Triigi_(Aleksandri)_vallavalitsus_Harjumaal, lk 27
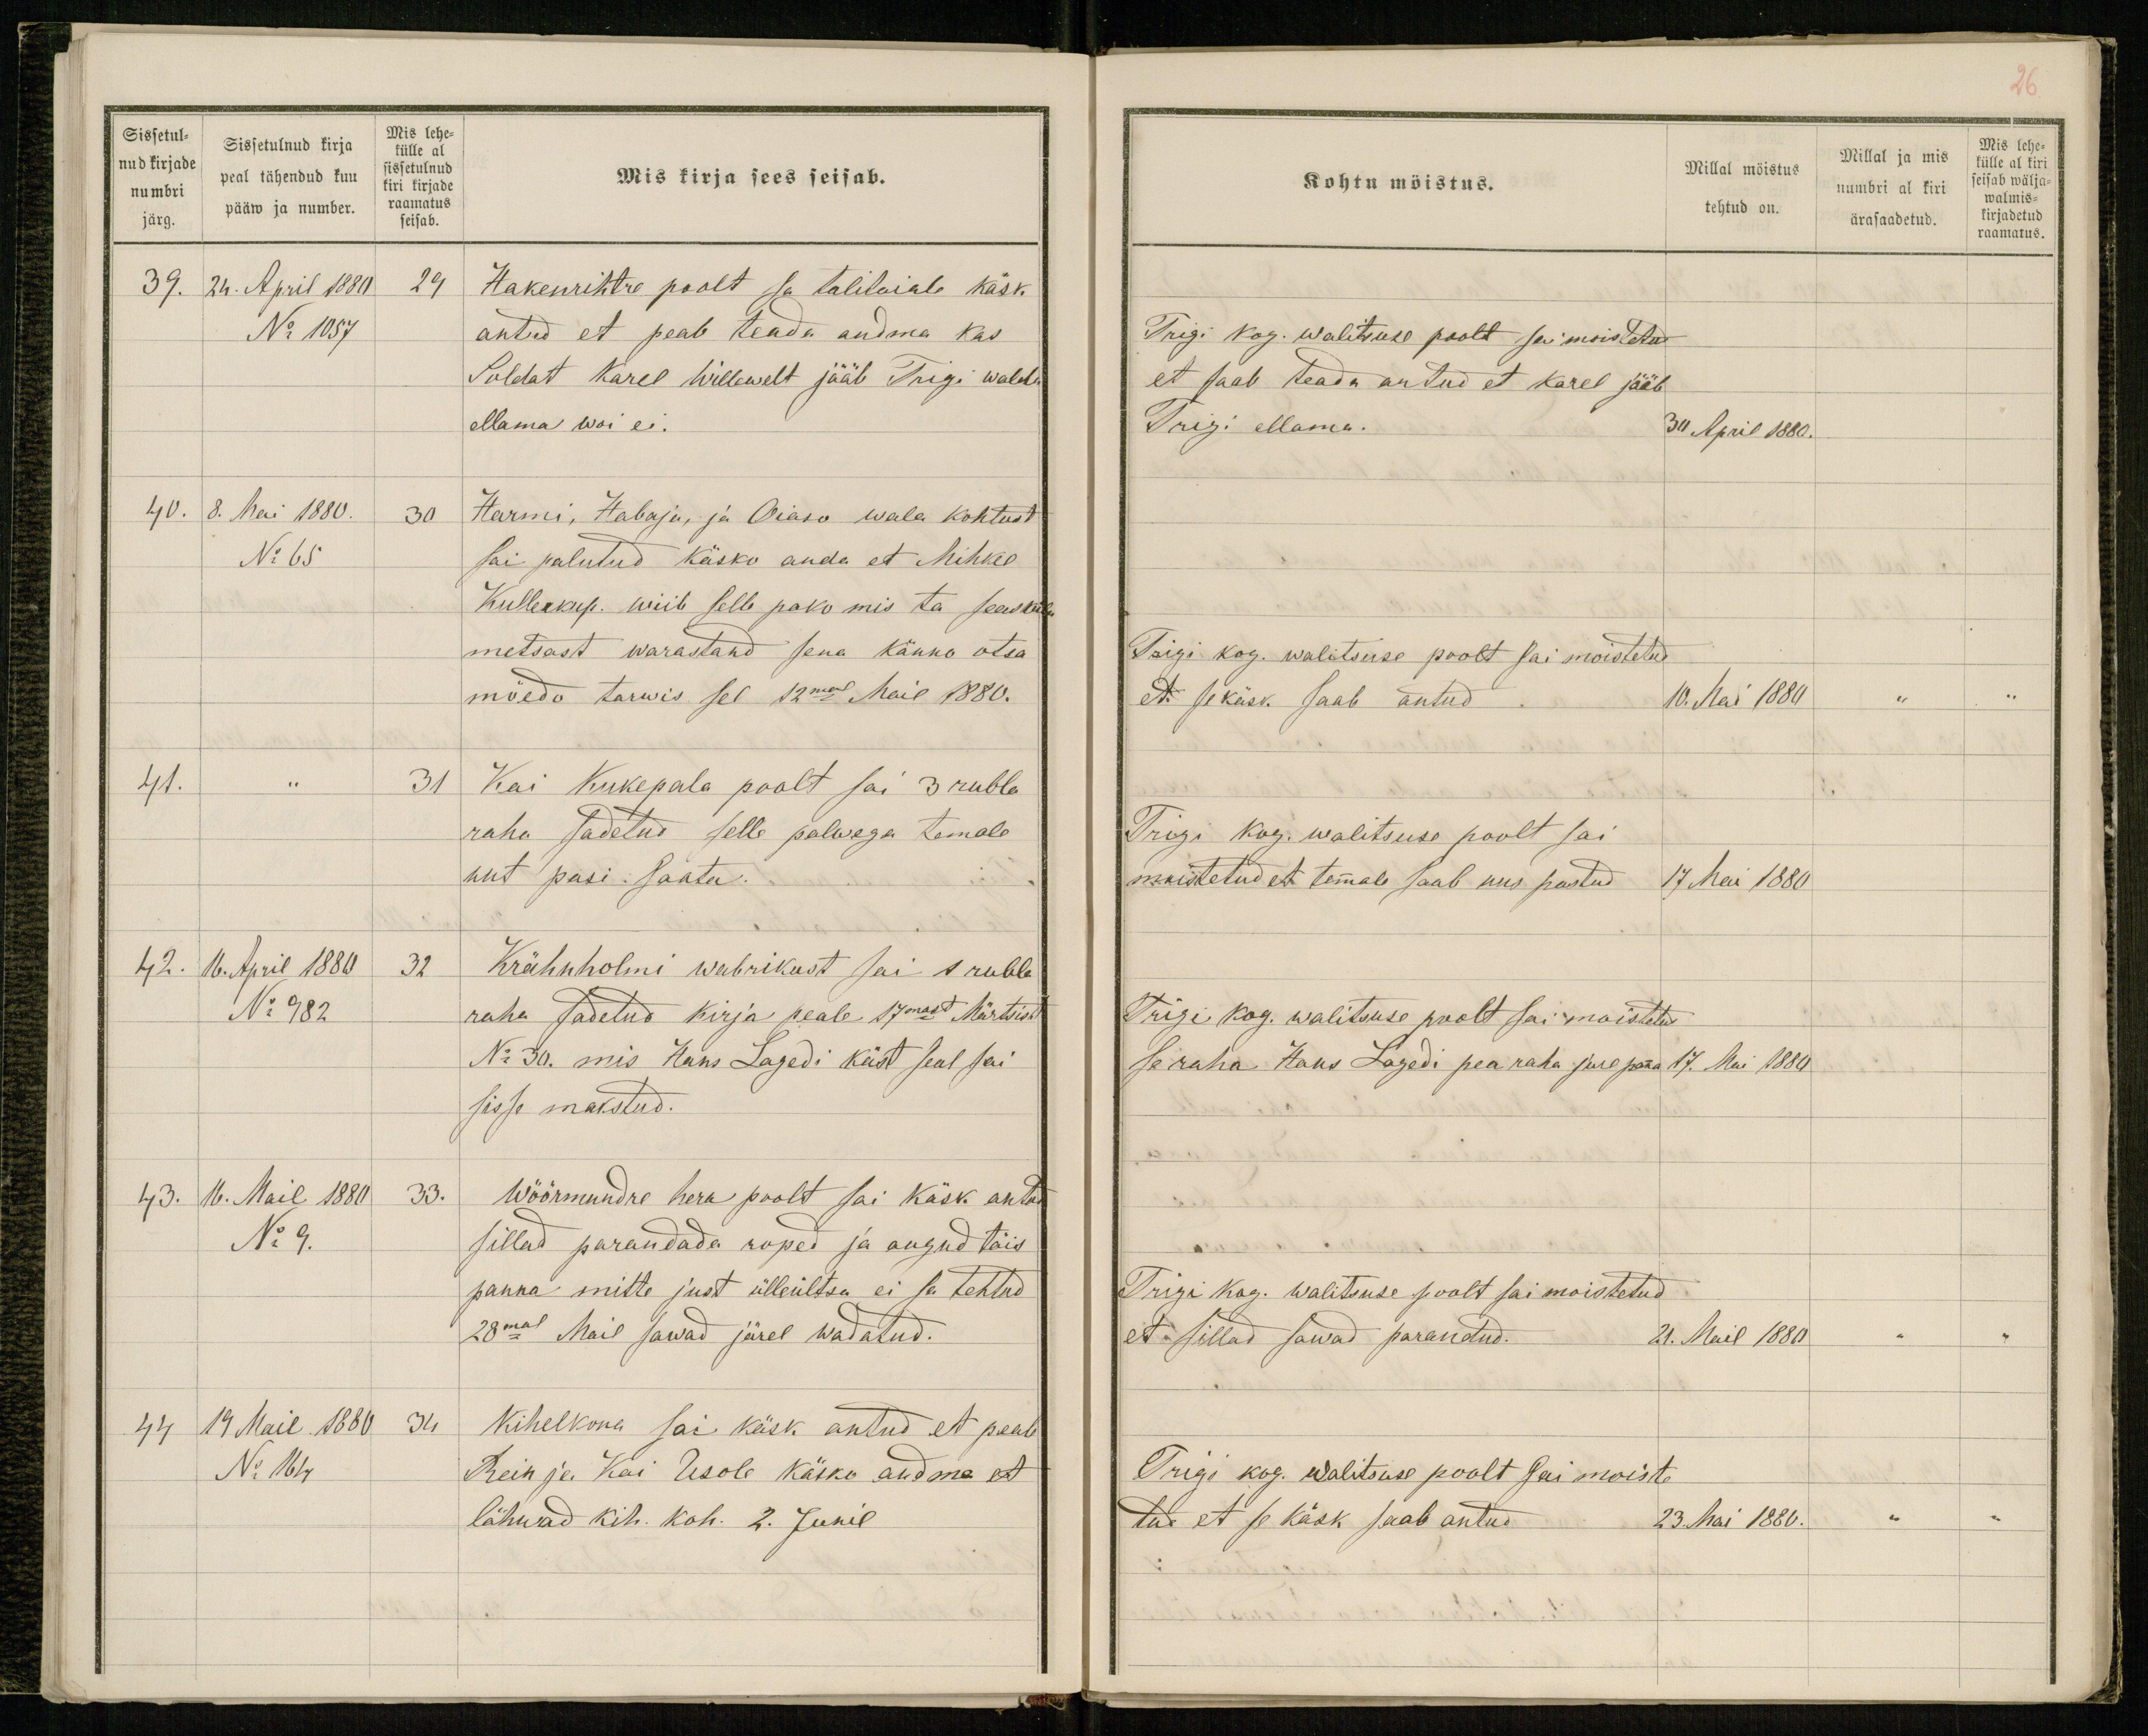
26
Mis lehe-
külle al kiri
seisab wälja-
walmis-
kirjadetud
raamatus.

Sissetul-
nud kirjade
numbri
järg.
Sissetulnud kirja
peal tähendud kuu
pääw ja number.
Mis lehe-
külle al
sissetulnud
kiri kirjade
raamatus
seisab.
Mis kirja sees seisab.
39. 24. April 1880 29
Hakenrihtre poolt sa talitaiale käsk
No 1057
antud et peab teada andma kas
Soldat Karel Willewelt jääb Trigi walda
ellama woi ei.
40. 8. Mai 1880. 30
Harmi, Habaja, ja Oiaso wala kohtust
No 65
sai palutud käsko anda et Mihkel
Kullerkup. wiib selle pako mis ta seasküla
metsast warastand sena känno otsa
mõedo tarwis sel 12mal Mail 1880.
41. " 31
Kai Kukepala poolt sai 3 rubla
raha sadetud selle palwega temale
uut pasi saata.
42. 16. April 1880 32
Krähnholmi wabrikust sai 1 rubla
No 982
raha sadetud kirja peale 17mast Märtsist
No 30. mis Hans Lagedi käst seal sai
sisse makstud.
43. 16. Mail 1880 33.
Wöörmundre hera poolt sai käsk antud
No 9.
sillad parandada roped ja augud täis
panna mitte just ülleültsu ei sa tehtud
28mal Mail sawad järel wadatud.
44 19 Mail 1880 34
Kihelkona sai käsk antud et peab
No 164
Rein ja Kai Usole käsko andma et
lähwad kih. koh. 2. Junil

Kohtu möistus.
Millal möistus
tehtud on.
Millal ja mis
numbri al kiri
ärasaadetud.
Trigi kog. walitsuse poolt sai moistetud
et saab teada antud et Karel jääb
Trigi ellama.
30 April 1880.
Trigi kog. walitsuse poolt sai moistetud
et se käsk saab antud
10. Mai 1880 " "
Trigi kog. walitsuse poolt sai
moistetud et temmale saab uus pastud
17 Mai 1880
Trigi kog. walitsuse poolt sai moistetud
se raha Hans Lagedi pea raha jure panna
17. Mai 1880
Trigi kog. walitsuse poolt sai moistetud
et sillad sawad parandud.
21. Mail 1880 " "
Trigi kog. walitsuse poolt sai moiste
tud et se käsk saab antud
23. Mai 1880. " "